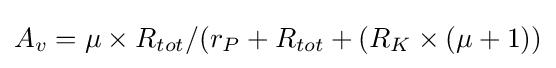
A_{v}=\mu \times R_{tot}/(r_{P}+R_{tot}+(R_{K}\times (\mu +1))